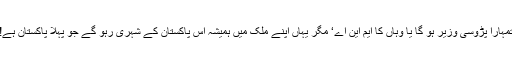
تمہارا پڑوسی وزیر ہو گا یا وہاں کا ایم این اے‘ مگر یہاں اپنے ملک میں ہمیشہ اس پاکستان کے شہری رہو گے جو پہلا پاکستان ہے!